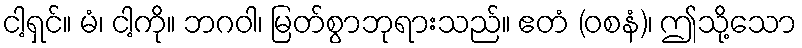
ငါ့ရှင်။ မံ၊ ငါ့ကို။ ဘဂဝါ၊ မြတ်စွာဘုရားသည်။ ဧတံ (ဝစနံ)၊ ဤသို့သော